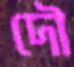
দৌ